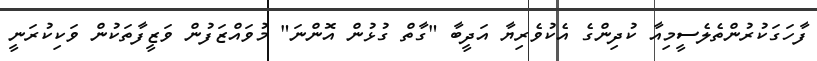
ފާހަގަކުރުންތެލެސީމިއާ ކުދިންގެ އެކުވެރިޔާ އަދީބާ "ގާތް ގުޅުން އޮންނަ" މުވައްޒަފުން ވަޒީފާތަކުން ވަކިކުރަނީ